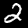
Digit: 2